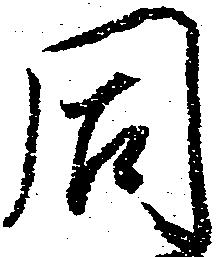
同